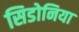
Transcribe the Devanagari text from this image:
सिडोनिया